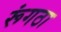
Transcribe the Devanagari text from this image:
रूंगठा